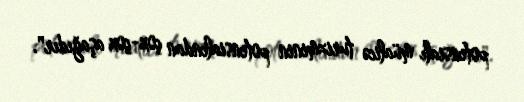
potensialı müalicə turizminin potensialından çox-çox aşağıdır".